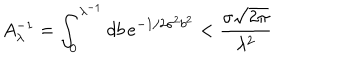
A _ { \lambda } ^ { - 1 } = \int _ { 0 } ^ { \lambda ^ { - 1 } } d b \, e ^ { - 1 / 2 \sigma ^ { 2 } b ^ { 2 } } < { \frac { \sigma \sqrt { 2 \pi } } { \lambda ^ { 2 } } }